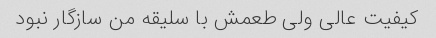
کیفیت عالى ولى طعمش با سلیقه من سازگار نبود